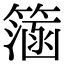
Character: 𥲌